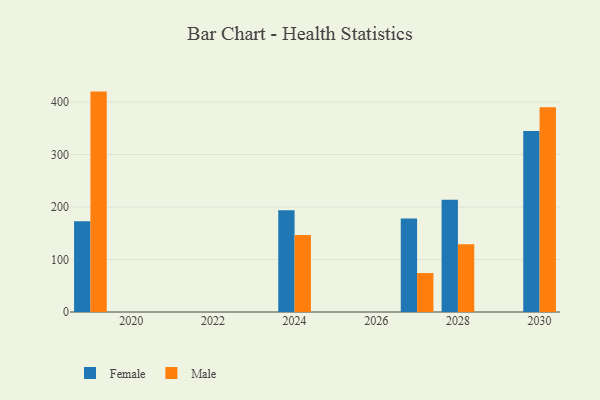
{"axis": {"x": "Year", "y": "Satisfaction Score"}, "legend": ["Female", "Male"], "data": [{"x": "2019", "y": 172.7, "type": "Female"}, {"x": "2019", "y": 419.9, "type": "Male"}, {"x": "2028", "y": 214.0, "type": "Female"}, {"x": "2028", "y": 129.1, "type": "Male"}, {"x": "2024", "y": 193.9, "type": "Female"}, {"x": "2024", "y": 146.8, "type": "Male"}, {"x": "2027", "y": 178.3, "type": "Female"}, {"x": "2027", "y": 74.2, "type": "Male"}, {"x": "2030", "y": 344.6, "type": "Female"}, {"x": "2030", "y": 390.2, "type": "Male"}]}